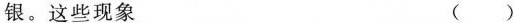
银。这些现象 ()